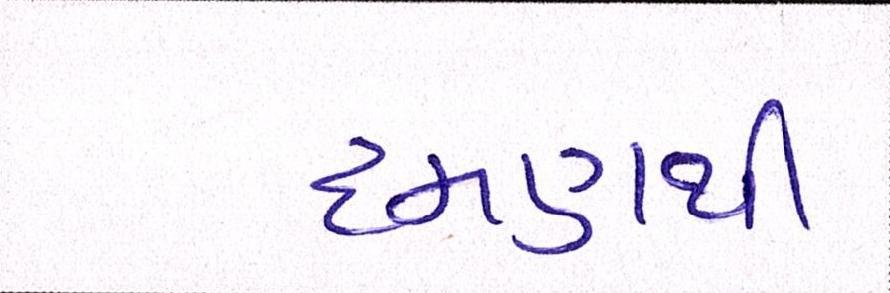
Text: દમણથી